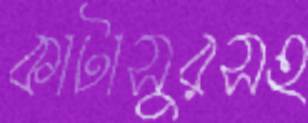
কাটাসুরসহ